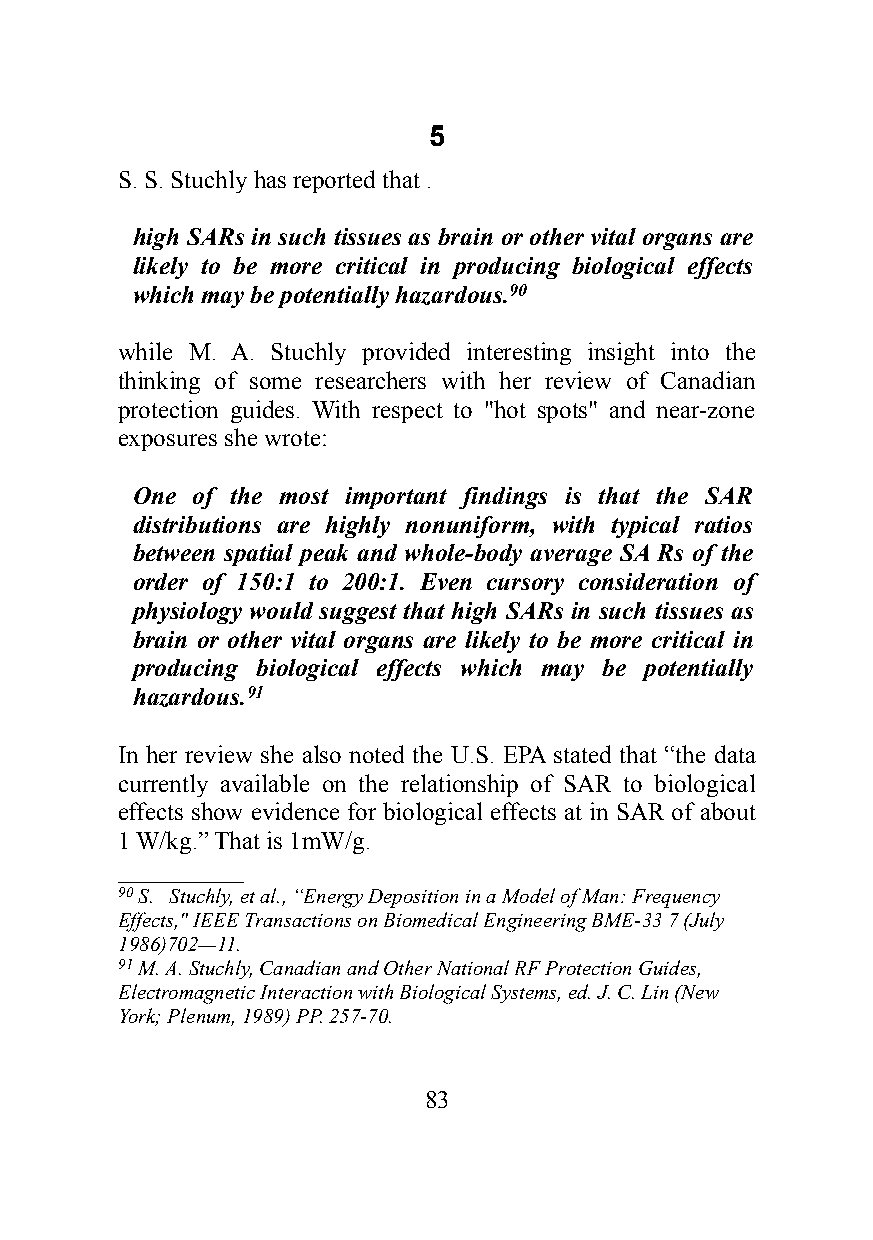
5
 S. S. Stuchly has reported that .
 high SARs in such tissues as brain or other vital organs are
 likely to be more critical in producing biological effects
 which may be potentially hazardous.90
 while M. A. Stuchly provided interesting insight into the
 thinking of some researchers with her review of Canadian
 protection guides. With respect to "hot spots" and near-zone
 exposures she wrote:
 One of the most important findings is that the SAR
 distributions are highly nonuniform, with typical ratios
 between spatial peak and whole-body average SA Rs of the
 order of 150:1 to 200:1. Even cursory consideration of
 physiology would suggest that high SARs in such tissues as
 brain or other vital organs are likely to be more critical in
 producing biological effects which may be potentially
 hazardous.91
 In her review she also noted the U.S. EPA stated that “the data
 currently available on the relationship of SAR to biological
 effects show evidence for biological effects at in SAR of about
 1 W/kg.” That is 1mW/g.
 __________
 90 S. Stuchly, et al., “Energy Deposition in a Model of Man: Frequency
 Effects," IEEE Transactions on Biomedical Engineering BME-33 7 (July
 1986)702—11.
 91 M. A. Stuchly, Canadian and Other National RF Protection Guides,
 Electromagnetic Interaction with Biological Systems, ed. J. C. Lin (New
 York; Plenum, 1989) PP. 257-70.
 83